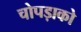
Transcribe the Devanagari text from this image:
चोपड़ाको